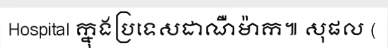
Hospital ក្នុងប្រទេសដាណឺម៉ាក៕ សុផល (